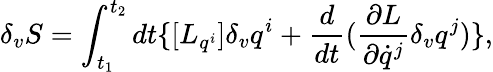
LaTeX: \delta_{v}{S}=\int_{t_{1}}^{t_{2}}dt\{ [{L}_{q^{i}}]\delta_{v}q^{i}+\frac{d}{dt}(\frac{\partial{L}}{\partial\dot{q}^{j}}\delta_{v}q^{j})\} ,